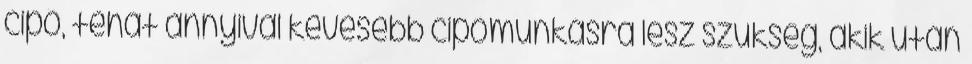
cipő, tehát annyival kevesebb cipőmunkásra lesz szükség, akik után